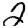
Digit: 2